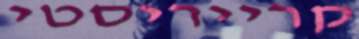
קרייריסטי